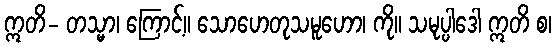
ဣတိ- တသ္မာ၊ ကြောင့်။ သောဟေတုသမူဟော၊ ကို။ သမုပ္ပါဒေါ ဣတိ စ၊